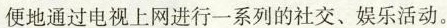
便地通过电视上网进行一系列的社交、娱乐活动。